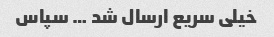
خیلی سریع ارسال‌ شد … سپاس